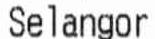
SELANGOR